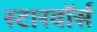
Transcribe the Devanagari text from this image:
स्टारवॉर्स